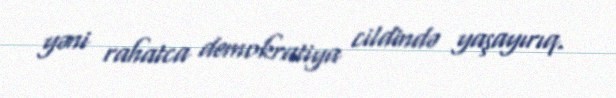
yəni rahatca demokratiya cildində yaşayırıq.